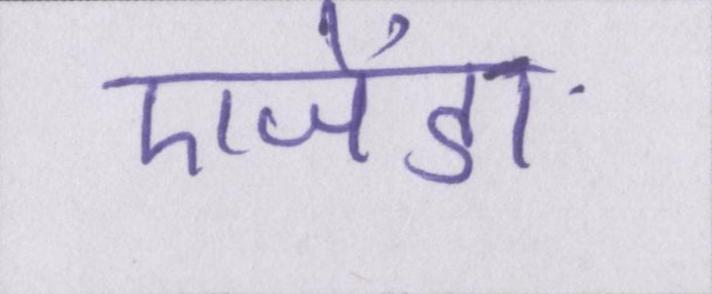
एजेंडा